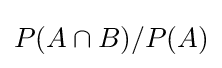
P(A\cap B)/P(A)